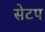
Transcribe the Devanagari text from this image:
सेटप